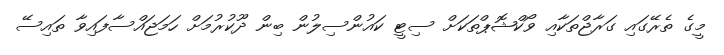
މީގެ ތެރޭގައި ގަރާޖްތަކާއި ވޯކްޝޮޕްތަކަށް ސިޓީ ކައުންސިލުން ބިން ދޫކުރުމަށް ހަމަޖައްސާފައިވާ ތައިސޭ